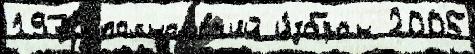
1970 полномо́чий и́збран 2005